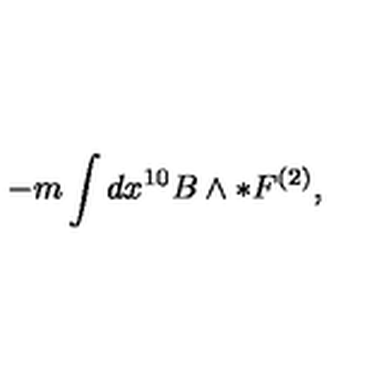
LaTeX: - m \int d x ^ { 1 0 } B \wedge * F ^ { ( 2 ) } ,